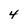
Character: 4